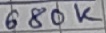
Text: 680K